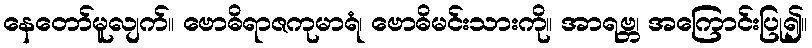
နေတော်မူလျက်။ ဗောဓိရာဇကုမာရံ၊ ဗောဓိမင်းသားကို။ အာရဗ္ဘ၊ အကြောင်းပြု၍။